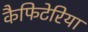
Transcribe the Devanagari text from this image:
कैफिटेरिया